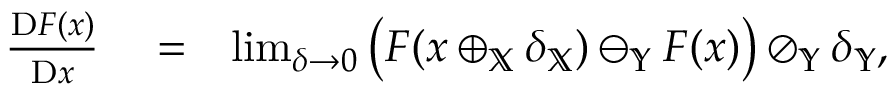
\begin{array} { r l r } { \frac { \mathrm { D } F ( x ) } { \mathrm { D } x } } & { { } = } & { \operatorname* { l i m } _ { \delta \to 0 } \big ( F ( x \oplus _ { \mathbb { X } } \delta _ { \mathbb { X } } ) \ominus _ { \mathbb { Y } } F ( x ) \big ) \oslash _ { \mathbb { Y } } \delta _ { \mathbb { Y } } , } \end{array}